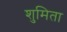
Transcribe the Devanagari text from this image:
शुमिता